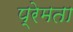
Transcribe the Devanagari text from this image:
प्रेमता